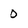
Character: 0